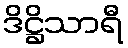
ဒိဋ္ဌိသာရီ